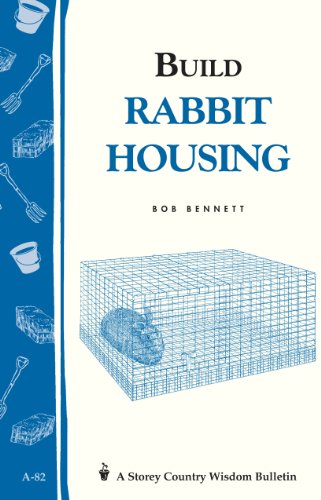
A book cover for Build Rabbit Housing: Storey Country Wisdom Bulletin A-82; Bob Bennett; Crafts, Hobbies & Home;